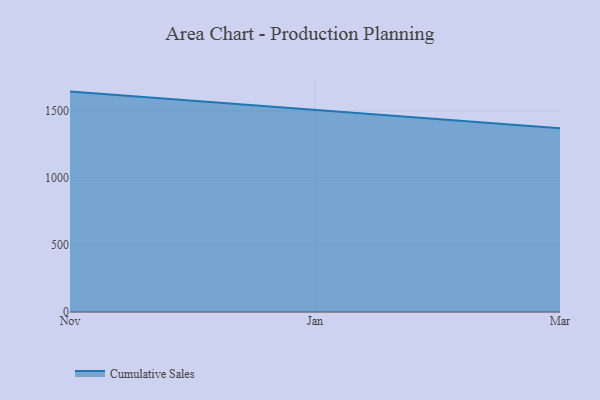
{"axis": {"x": "Month", "y": "Bounce Rate (%)"}, "legend": ["Cumulative Sales"], "data": [{"x": "Nov", "y": 1644.0, "type": "Cumulative Sales"}, {"x": "Jan", "y": 1509.6, "type": "Cumulative Sales"}, {"x": "Mar", "y": 1370.7, "type": "Cumulative Sales"}]}